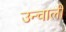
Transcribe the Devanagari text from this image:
उन्चाली